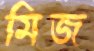
মিজ